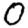
Digit: 0